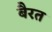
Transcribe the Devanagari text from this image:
बैरत